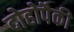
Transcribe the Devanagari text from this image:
दोहोपैकी